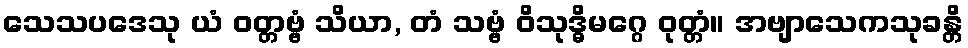
သေသပဒေသု ယံ ဝတ္တဗ္ဗံ သိယာ, တံ သဗ္ဗံ ဝိသုဒ္ဓိမဂ္ဂေ ဝုတ္တံ။ အဗျာသေကသုခန္တိ